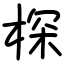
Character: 棎